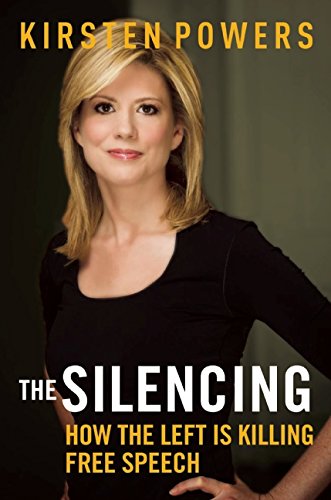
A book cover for The Silencing: How the Left is Killing Free Speech; Kirsten Powers; Politics & Social Sciences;